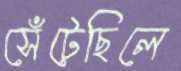
সেঁটেছিলে